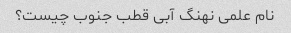
نام علمی نهنگ آبی قطب جنوب چیست؟